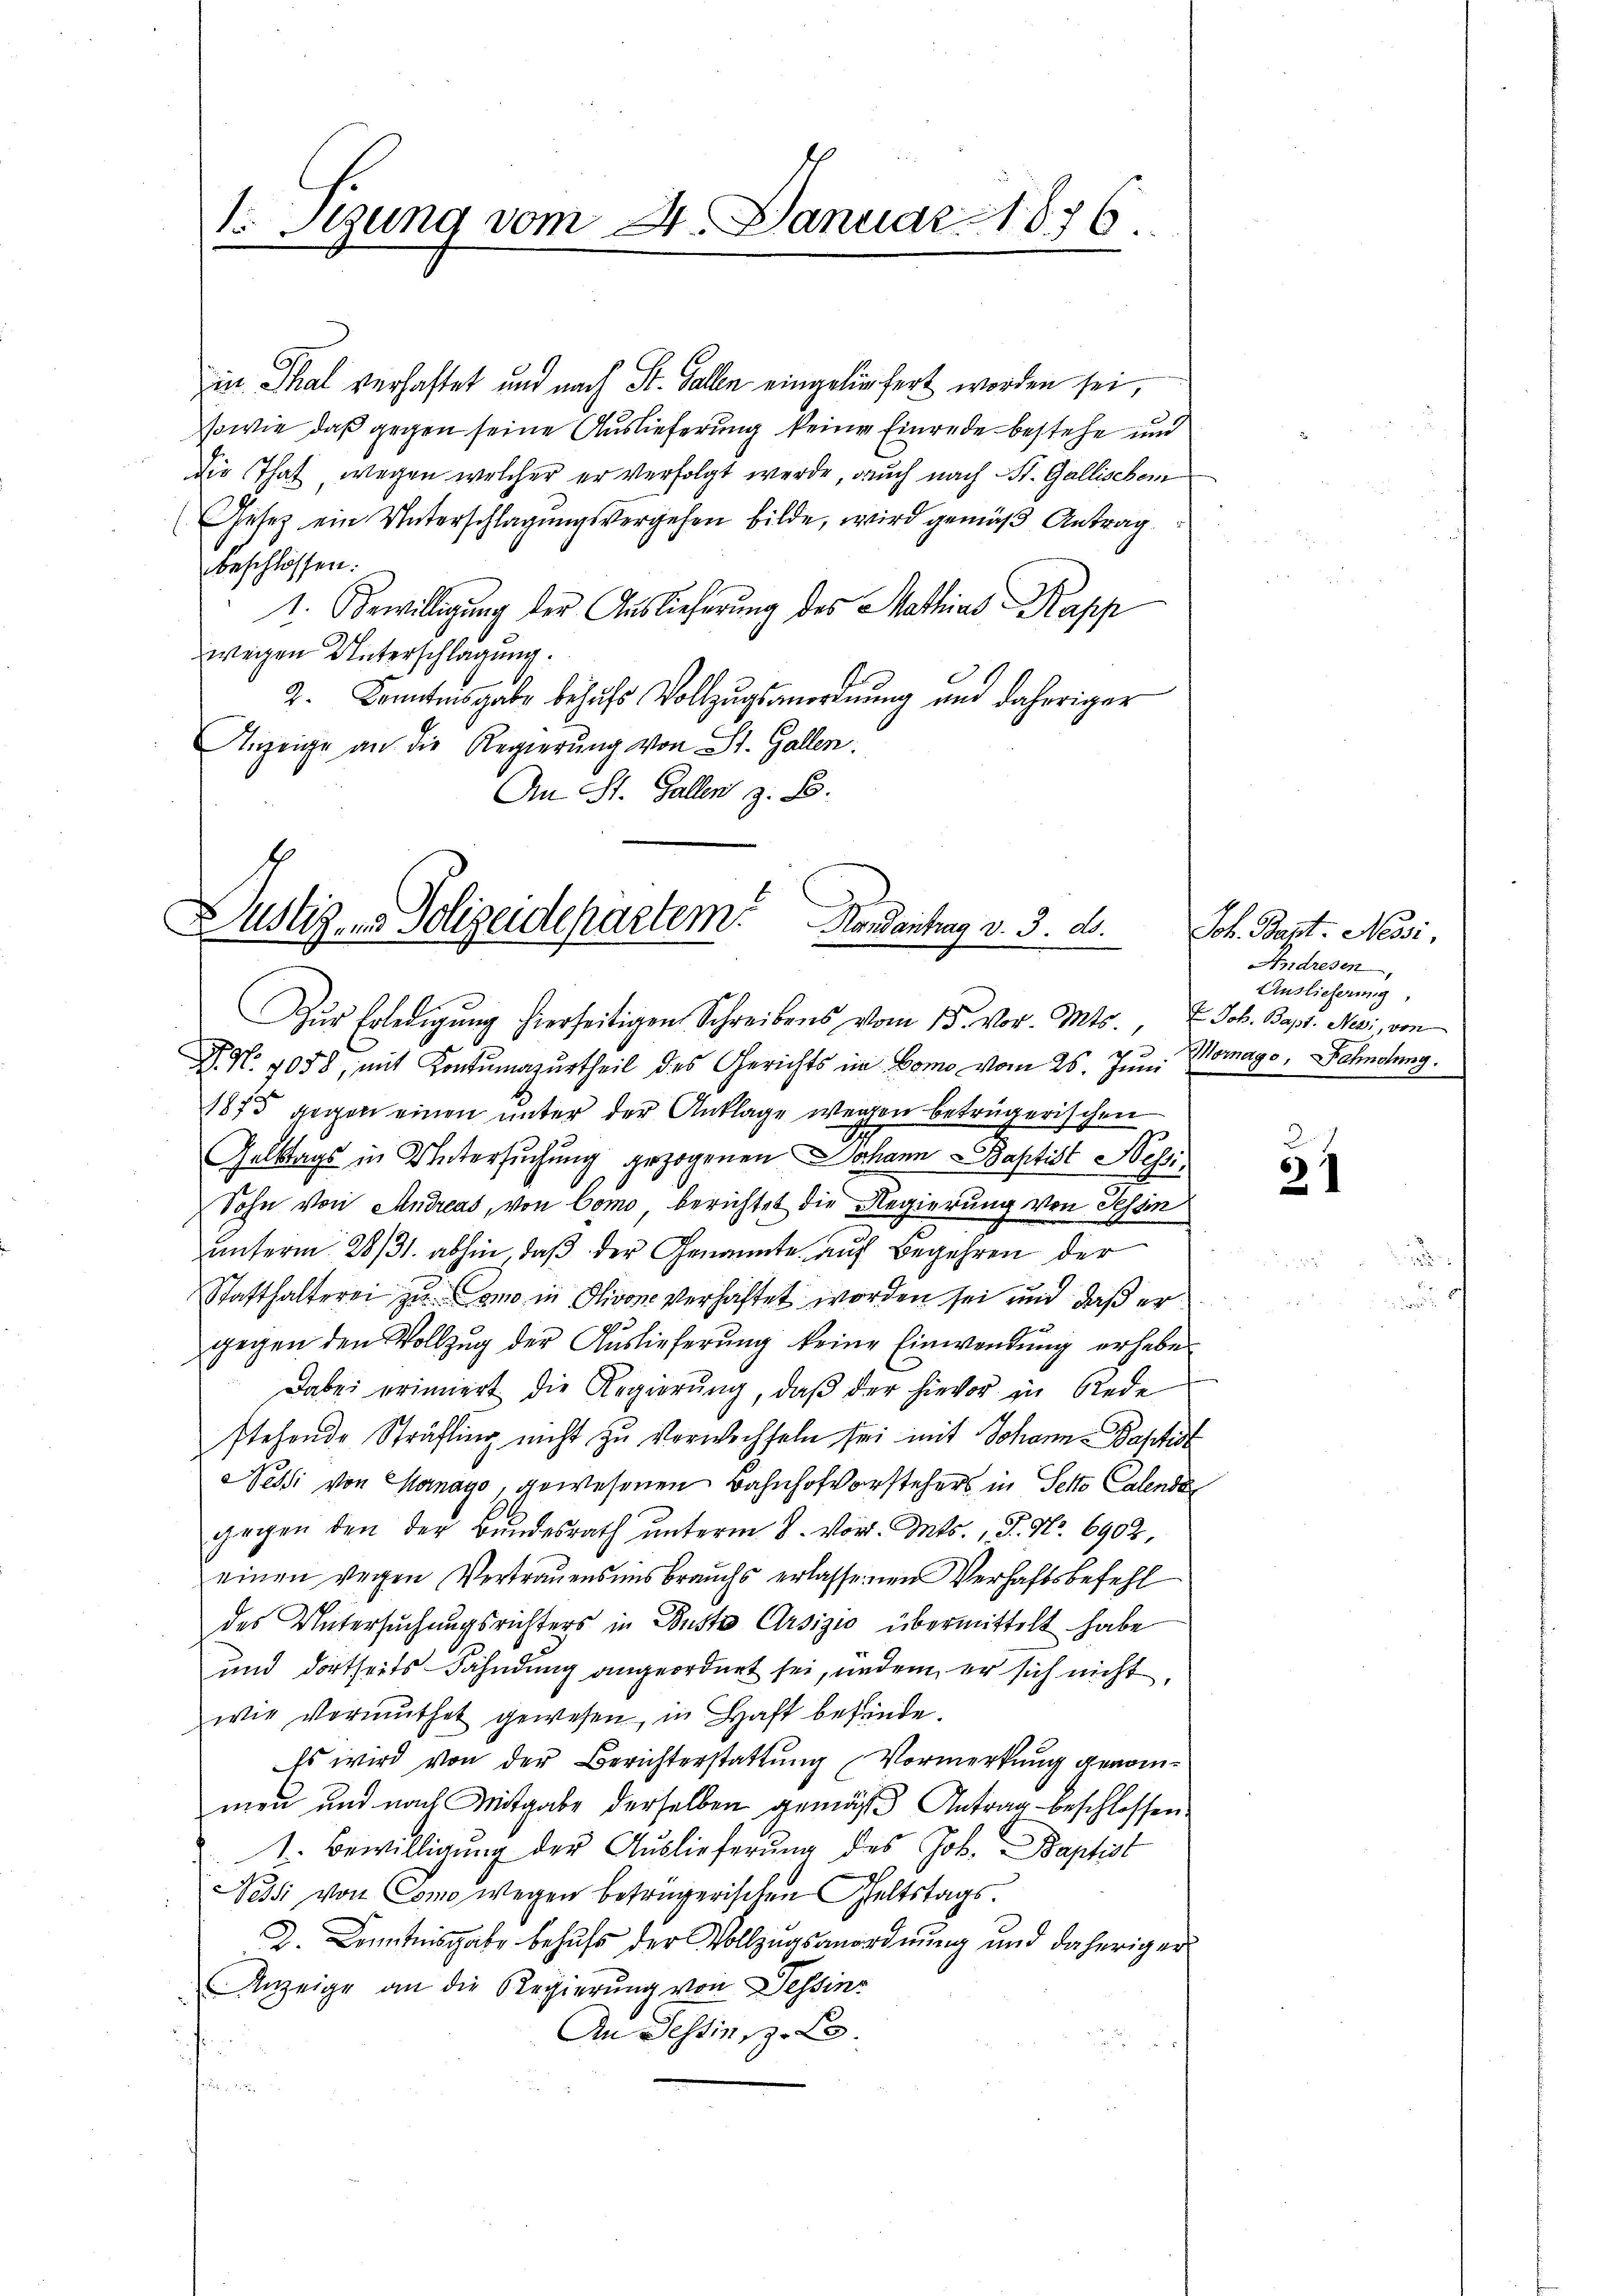
1o Sizung vom 4. Januar 1876.

Ein Thal verhaftet und nach St. Gallen eingeliefert worden sei,
sowie daß gegen seine Auslieferung keine Einrede bestehe und
Die That, wegen welcher er verfolgt werde, auch nach St. Gallischein
(Gesetz ein Unterschlagungsvergehen bilde, wird gemäß Antrag
beschlossen:
1. Bewilligung der Auslieferung des Mathias Kapp
wegen Unterschlagung.
2. Kenntnisgabe behufs Vollzugsanordnung und daheriger
Anzeige an die Regierŭng von St. Gallen.
An St. Gallen z. B.

Dustigens Polizeidepartem Mandantrag v. 3. d.

Zŭr Erledigŭng hierseitigen Schreibens vom 15. Vor. Mts., u. Joh. Bapt. Nei, von
u
D. N. 1058, mit Kontumazurtheil des Gerichts im Como vom 26. Jun. Morago, Fahndung.
1875 gegen einen unter der Anklage wegen beträgerischen
Gettags in Untersuchung gezogenen Johann Baptist Sessi¬
Sohn von Andreas, von Como, berichtet die Regierung von Tessin
unterm 28/31. abhin, daß der Genannte, auf Begehren der
Statthalterei zu Como in Olivone verhaftet worden sei und daß er
gegen den Vollzug der Auslieferung keine Einwendung erheben
Dabei erinnert die Regierŭng, daβ der hievor in Rede
stehende Sträfling nicht zu verwechseln sei mit Johann-Baptist
Nesli von Menago, gewesenen Bahnhofvorstehers in Setto Calende
gegen den der Bundesrath unterm 8. vor. Mts., S. Nr. 6902,
einen wegen Vertrauensmisbrauchs erlassenen Verhaftsbefehl
des Untersŭchŭngsrichters in Puste Ursizio übermittelt habe
und dortseits Fähndung angeordnet sei, undem er sich nicht,
wie Vormŭthet gewesen, in Haft befinde.
Es wird von der Berichterstattung Vormerkung genommen und nach Mitgabe derselben gemäß Antrag beschlossen:
1. Bewilligŭng der Auslieferŭng des Job. Baptist
Nessi von Como wegen betrügerischen Geltstags.
2. Kenntnisgabe behufs der Vollzugsanordnung und daheriger
Anzeige an die Regierung von Sessins
An Sessinsp. L.
i

Joh. Bapt. Nessi,
Andresen
Auslieferung,

31